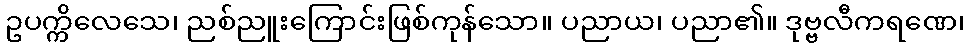
ဥပက္ကိလေသေ၊ ညစ်ညူးကြောင်းဖြစ်ကုန်သော။ ပညာယ၊ ပညာ၏။ ဒုဗ္ဗလီကရဏေ၊